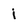
Character: i